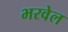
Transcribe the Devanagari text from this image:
भरवेल